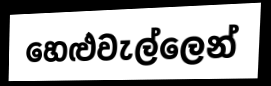
හෙළුවැල්ලෙන්